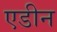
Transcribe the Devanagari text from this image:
एडीन